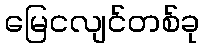
မြေငလျင်တစ်ခု